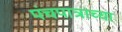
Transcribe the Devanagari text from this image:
पंचपात्राच्या